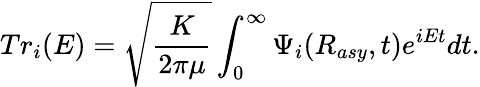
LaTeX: Tr_{i}(E)=\sqrt{\frac{K}{2\pi\mu}}\int_{0}^{\infty}\Psi_{i}(R_{asy},t)e^{iEt}dt.